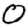
Digit: 0